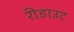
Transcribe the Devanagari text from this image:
रीडाउट